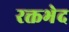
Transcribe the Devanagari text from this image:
रक्तभेद